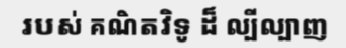
របស់ គណិតវិទូ ដ៏ ល្បីល្បាញ